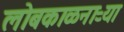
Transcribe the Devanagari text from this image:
लोबकाळनाऱ्या